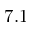
7 . 1